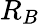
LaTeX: R_{B}